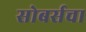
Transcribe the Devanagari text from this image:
सोबर्सचा